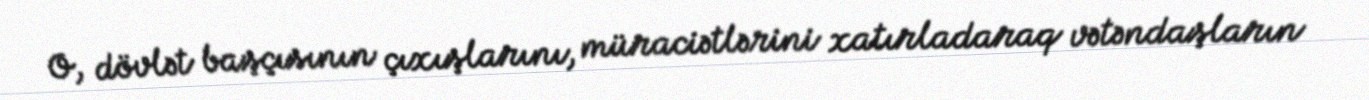
O, dövlət başçısının çıxışlarını, müraciətlərini xatırladaraq vətəndaşların